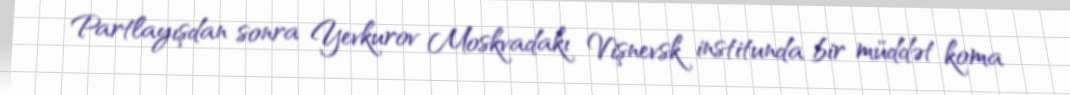
Partlayışdan sonra Yevkurov Moskvadakı Vişnevsk institunda bir müddət koma